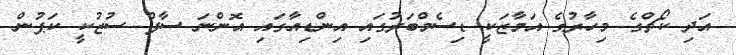
އަދި ކޯޗްގެ މިހާރުގެ އަމާޒަކީ ޑިސެމްބަރުގައި އިންޑިއާގައި އޮންނަ ސާފް ސުޒުކީ ކަޕުން